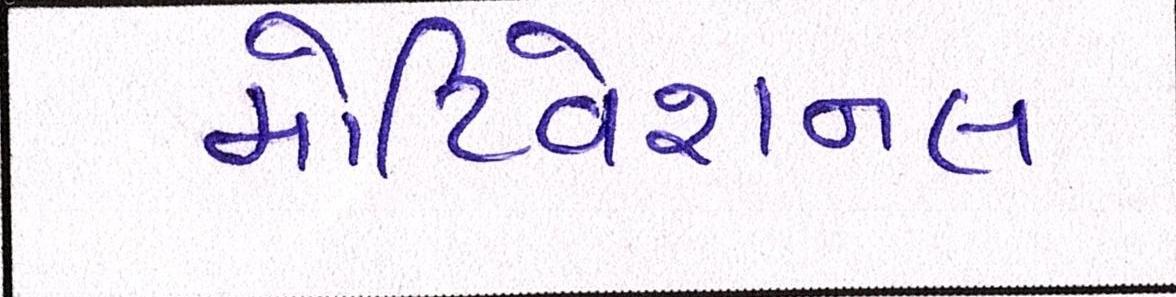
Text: મોટિવેશનલ